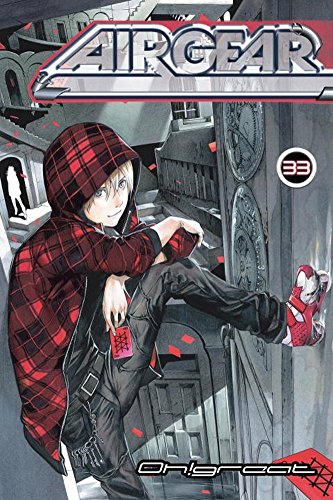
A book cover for Air Gear 33; Oh!Great; Comics & Graphic Novels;